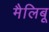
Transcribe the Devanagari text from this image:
मैलिबू